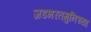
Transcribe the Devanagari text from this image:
जडभरतमुनिच्या